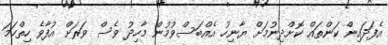
އެފަދައިން ކަންތައް ކޮށްދިނުމަށް ޔާނިހު އެއްބަސްވުމުން މާހިދު ވެސް ވަރަށް އުފާވެ ހިތްހަމަ